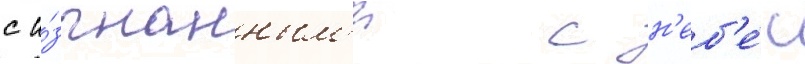
с и́згнанным'и с н'еб'е́с